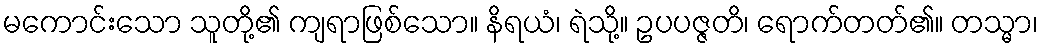
မကောင်းသော သူတို့၏ ကျရာဖြစ်သော။ နိရယံ၊ ရဲသို့။ ဥပပဇ္ဇတိ၊ ရောက်တတ်၏။ တသ္မာ၊